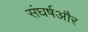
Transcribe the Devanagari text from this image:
संघर्षऔर